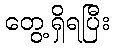
တွေ့ရှိရပြီး